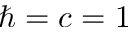
\hbar = c = 1